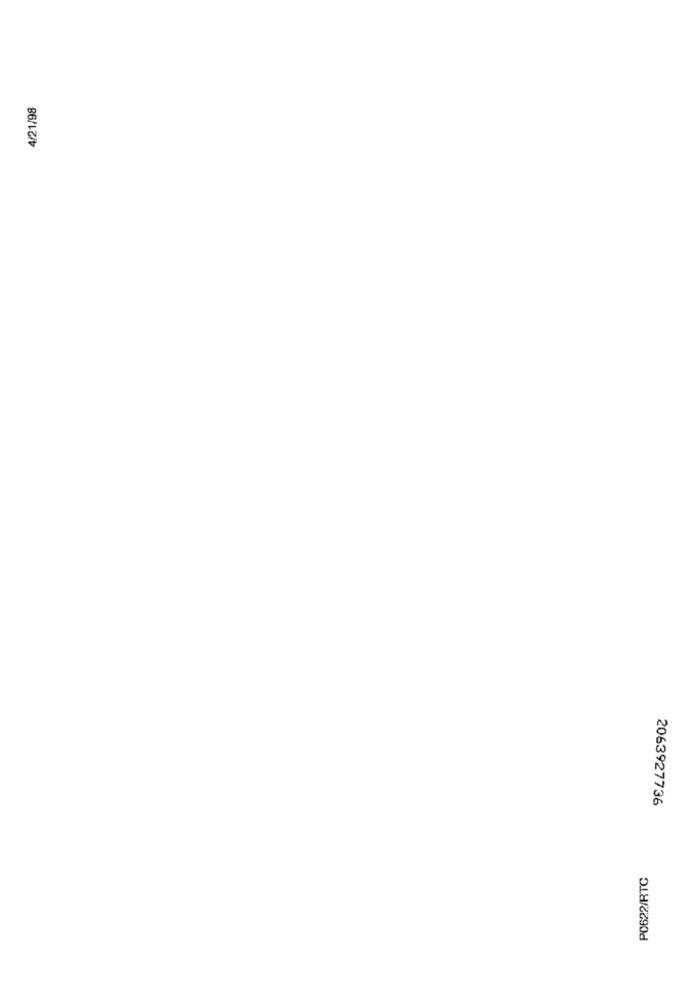
4/21/98
2063927736
PO622/RTC